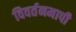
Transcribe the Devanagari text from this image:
विवर्तनमापी